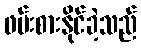
ဖမ်းစားနိုင်ခဲ့သည်